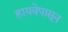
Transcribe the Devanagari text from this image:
हायवेपासून